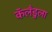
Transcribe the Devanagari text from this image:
कॅलँडुला